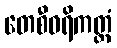
တေစီဝရိကတ္တံ